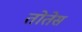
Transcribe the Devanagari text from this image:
तोतेस